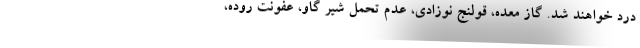
درد خواهند شد. گاز معده، قولنج نوزادی، عدم تحمل شیر گاو، عفونت روده،